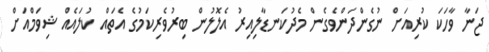
ޖަނާ ވާހަކަ ކުރިއަށް ނުގެންދަންވެގެން މެދުކަނޑާލިއިރު އެލޮލުން ބިރުވެރިކަމުގެ އެތައް ކުލައެއް ޝިވަމްއަށް